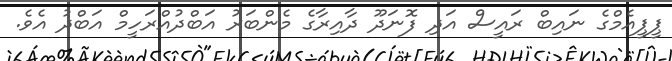
ޕީޕީއެމްގެ ނައިބް ރައީސް އަދި ފޮނަދޫ ދާއިރާގެ މެންބަރު އަބްދުއްރަހީމް އަބްދު އެވެ.